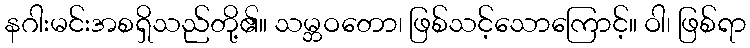
နဂါးမင်းအစရှိသည်တို့၏။ သမ္ဘဝတော၊ ဖြစ်သင့်သောကြောင့်။ ဝါ၊ ဖြစ်ရာ